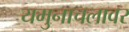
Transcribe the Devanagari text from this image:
यमुनाचलावर